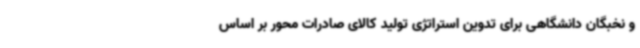
و نخبگان دانشگاهی برای تدوین استراتژی تولید کالای صادرات محور بر اساس